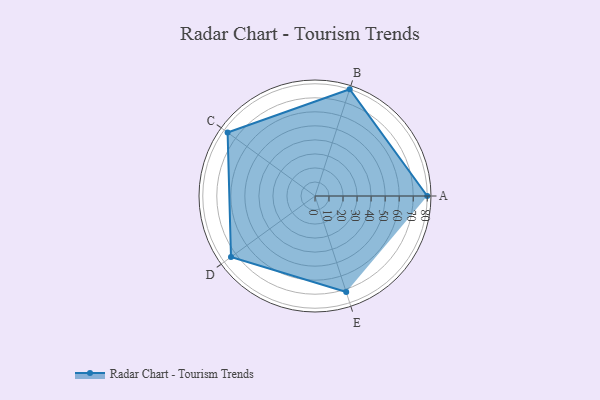
{"axis": {"x": "Skill", "y": "Score"}, "legend": ["Profile"], "data": [{"x": "A", "y": 80.0, "type": "Profile"}, {"x": "B", "y": 80.0, "type": "Profile"}, {"x": "C", "y": 77.0, "type": "Profile"}, {"x": "D", "y": 74.0, "type": "Profile"}, {"x": "E", "y": 72.0, "type": "Profile"}]}